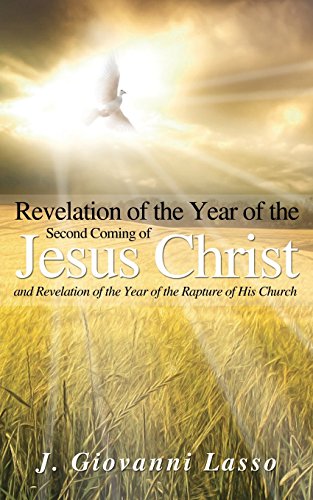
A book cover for Revelation of the Year of the Second Coming of Jesus Christ and Revelation of the Year of the Rapture of His Church; J. Giovanni Lasso; Christian Books & Bibles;